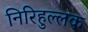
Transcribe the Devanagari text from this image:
निरिहुल्लक